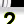
Digit: 2